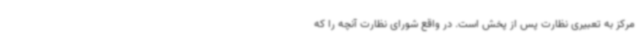
مرکز به تعبیری نظارت پس از پخش است. در واقع شورای نظارت آنچه را که